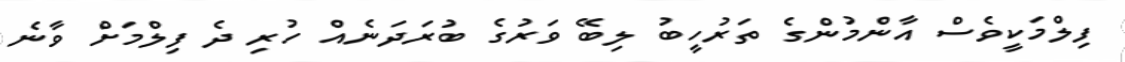
ފިލްމަކީވެސް އާންމުންގެ ތަރުހީބު ލިބޭ ވަރުގެ ބުރަދަނެއް ހުރި ދެ ފިލްމަށް ވާނެ